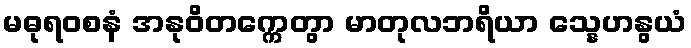
မဓုရဝစနံ အနုဝိတက္ကေတွာ မာတုလဘရိယာ သ္နေဟနွယံ